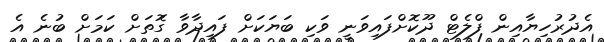
އެދުރުހިޔާއިން ފްލެޓް ދޫކޮށްފައިވަނީ ވަކި ބަޔަކަށް ފައިދާވާ ގޮަތަށް ކަމަށް ބުނެ އެ